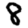
Digit: 8